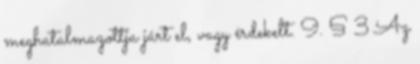
meghatalmazottja járt el, vagy érdekelt. 9. § 3 Az